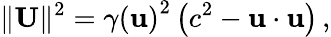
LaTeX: \| \mathbf{U}\| ^{2}={\gamma(\mathbf{u})}^{2}\left(c^{2}-\mathbf{u}\cdot\mathbf{u}\right)\, ,